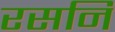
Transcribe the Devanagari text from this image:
रसनि